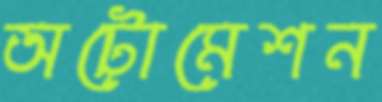
অটোমেশন